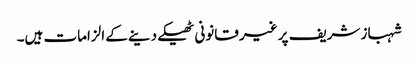
شہباز شریف پر غیر قانونی ٹھیکے دینے کے الزامات ہیں۔